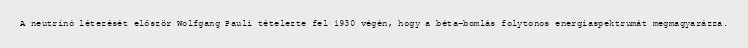
A neutrínó létezését először Wolfgang Pauli tételezte fel 1930 végén, hogy a béta-bomlás folytonos energiaspektrumát megmagyarázza.